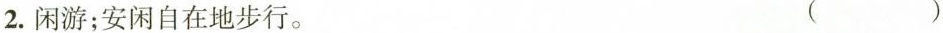
2.闲游；安闲自在地步行。 ( )